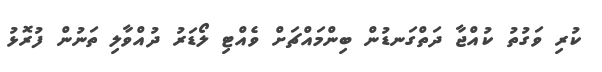
ކުރި ވަގުތު ކުއްޖާ ދަތްގަނޑުން ބިންމައްޗަށް ވެއްޓި ލޯޑަރު ދުއްވާލި ތަނުން ފުރޮޅު